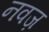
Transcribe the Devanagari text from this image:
नवज़